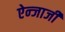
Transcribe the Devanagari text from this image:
ऐन्जाजी